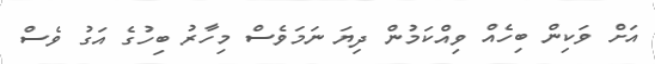
އަށް ވަކިން ބިހެއް ވިއްކަމުން ދިޔަ ނަމަވެސް މިހާރު ބިހުގެ އަގު ވެސް